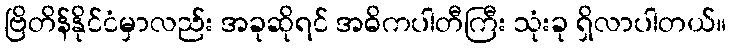
ဗြိတိန်နိုင်ငံမှာလည်း အခုဆိုရင် အဓိကပါတီကြီး သုံးခု ရှိလာပါတယ်။